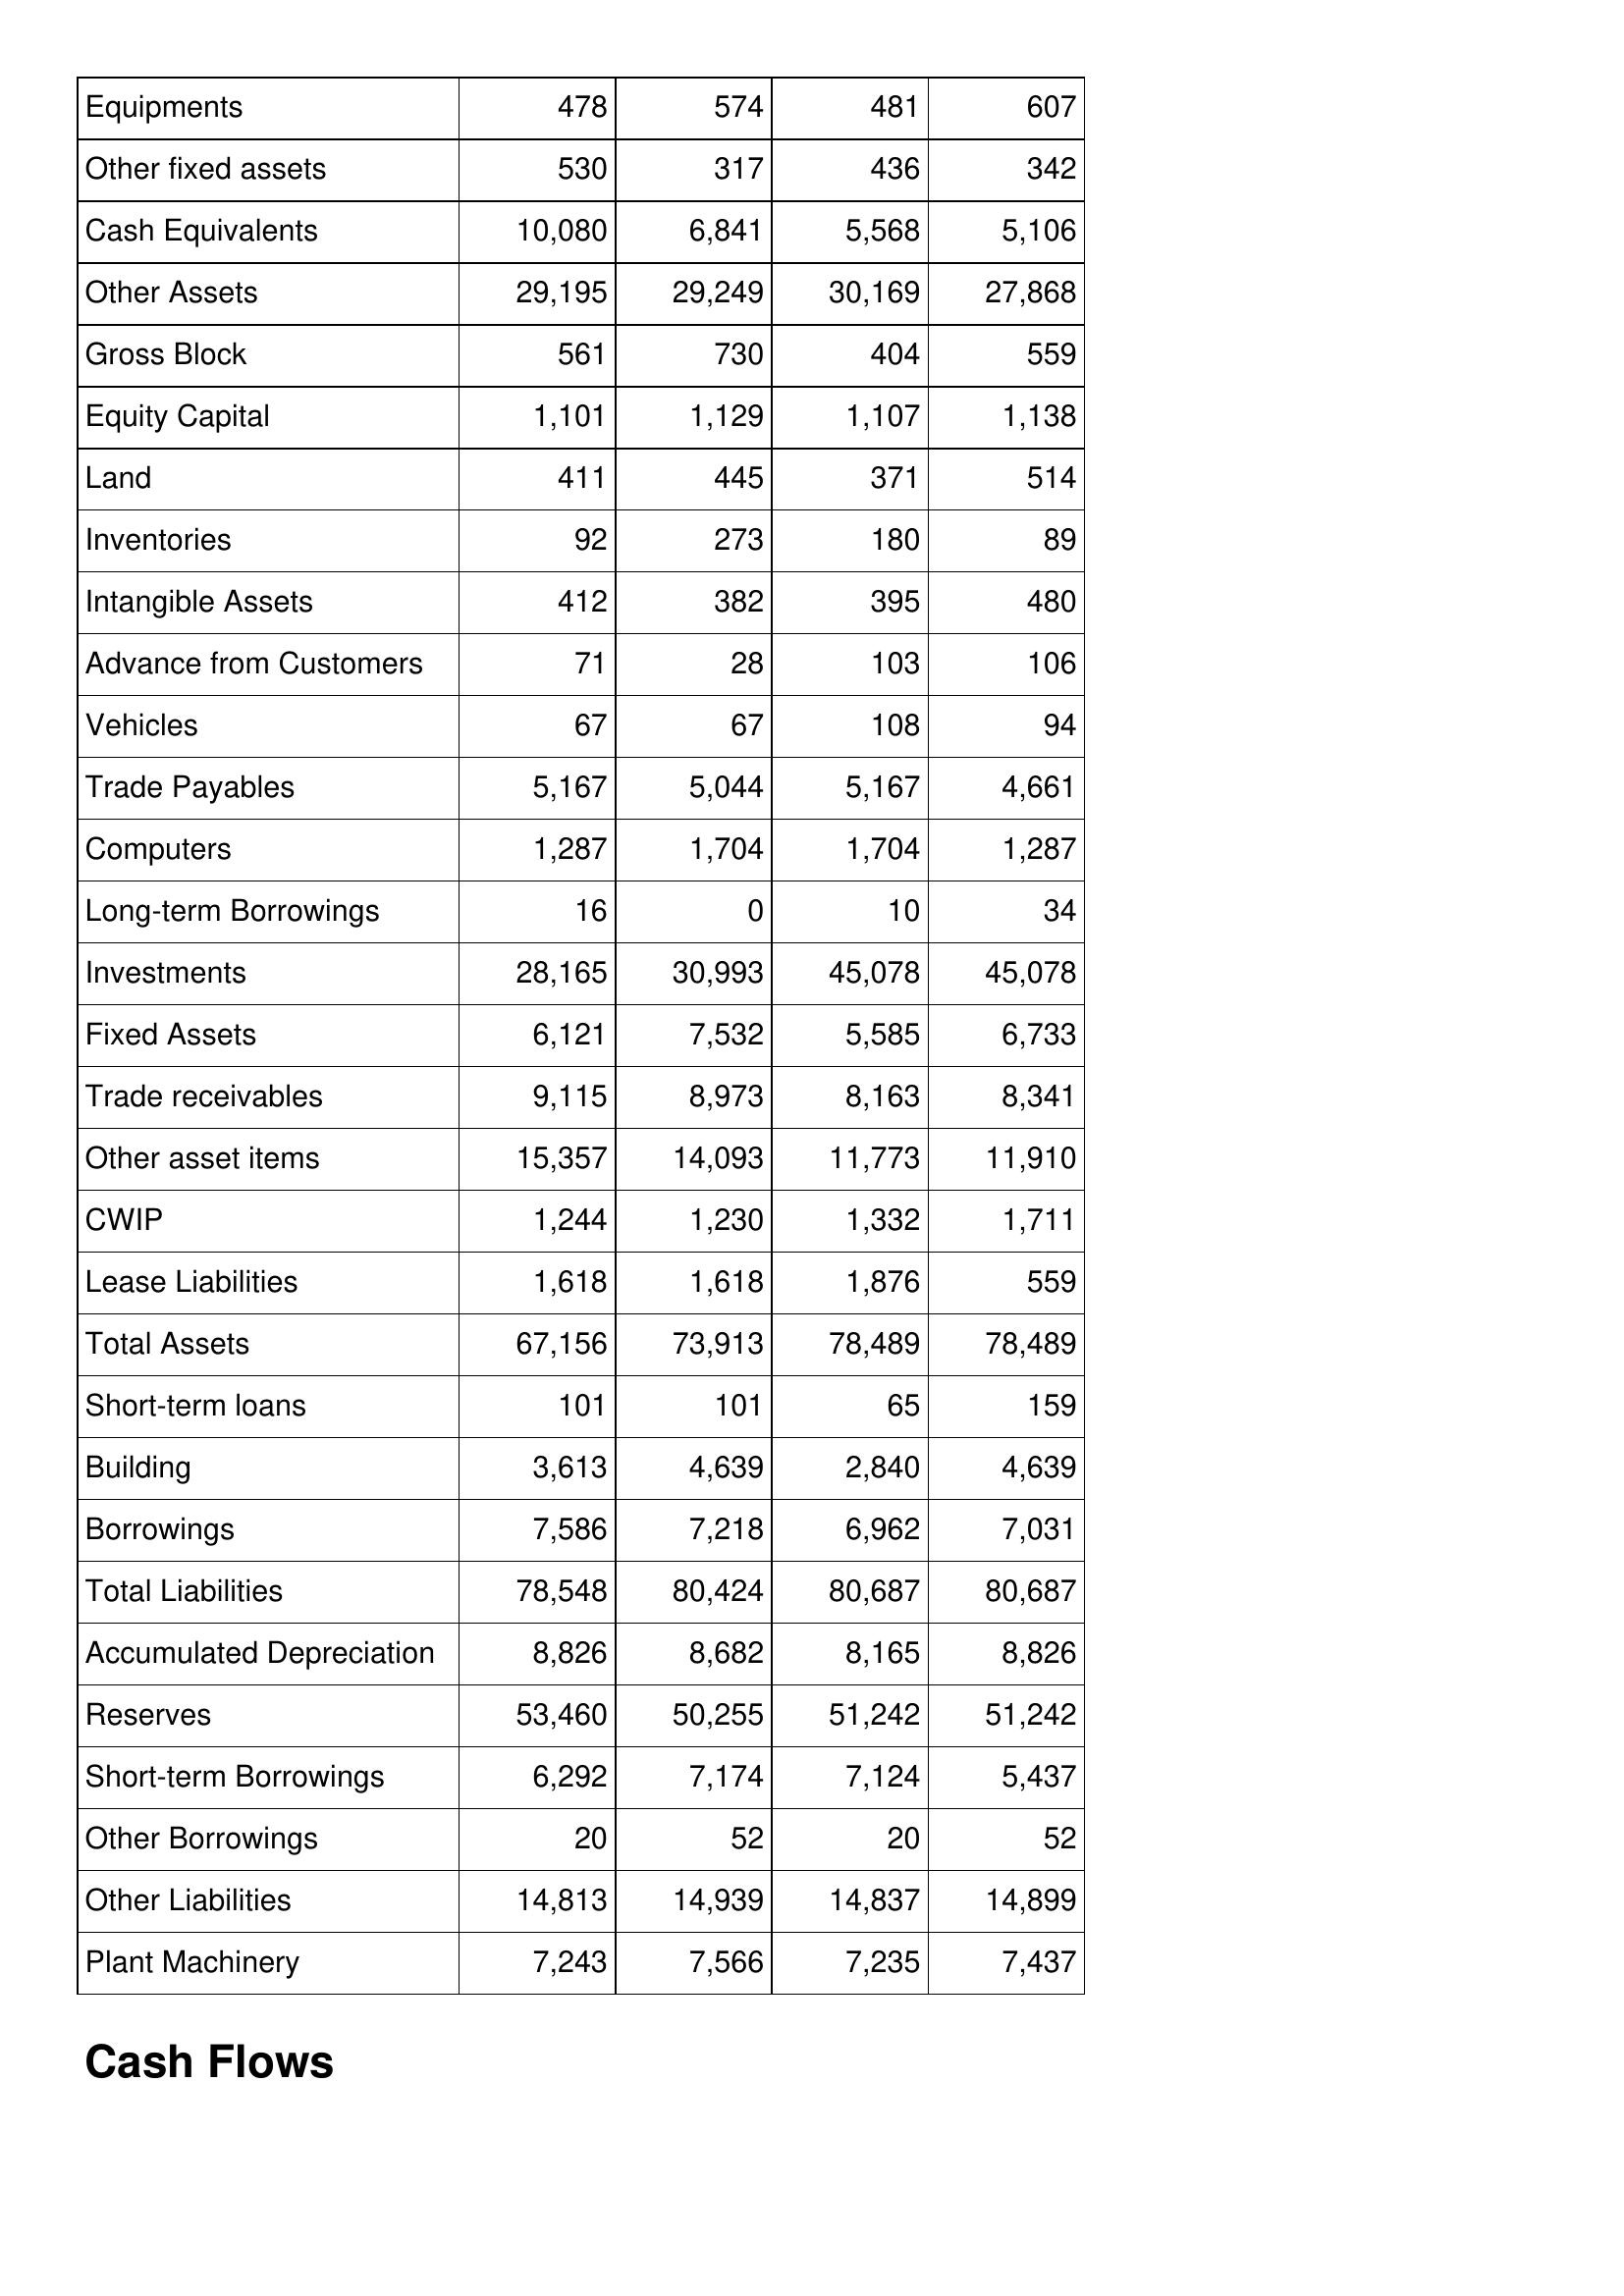
Mar-01: Balance Sheet: Equipments: 478
Other fixed assets: 530
Cash Equivalents: 10,080
Other Assets: 29,195
Gross Block: 561
Equity Capital: 1,101
Land: 411
Inventories: 92
Intangible Assets: 412
Advance from Customers: 71
Vehicles: 67
Trade Payables: 5,167
Computers: 1,287
Long-term Borrowings: 16
Investments: 28,165
Fixed Assets: 6,121
Trade receivables: 9,115
Other asset items: 15,357
CWIP: 1,244
Lease Liabilities: 1,618
Total Assets: 67,156
Short-term loans: 101
Building: 3,613
Borrowings: 7,586
Total Liabilities: 78,548
Accumulated Depreciation: 8,826
Reserves: 53,460
Short-term Borrowings: 6,292
Other Borrowings: 20
Other Liabilities: 14,813
Plant Machinery: 7,243
Mar-00: Balance Sheet: Equipments: 574
Other fixed assets: 317
Cash Equivalents: 6,841
Other Assets: 29,249
Gross Block: 730
Equity Capital: 1,129
Land: 445
Inventories: 273
Intangible Assets: 382
Advance from Customers: 28
Vehicles: 67
Trade Payables: 5,044
Computers: 1,704
Long-term Borrowings: 0
Investments: 30,993
Fixed Assets: 7,532
Trade receivables: 8,973
Other asset items: 14,093
CWIP: 1,230
Lease Liabilities: 1,618
Total Assets: 73,913
Short-term loans: 101
Building: 4,639
Borrowings: 7,218
Total Liabilities: 80,424
Accumulated Depreciation: 8,682
Reserves: 50,255
Short-term Borrowings: 7,174
Other Borrowings: 52
Other Liabilities: 14,939
Plant Machinery: 7,566
Mar-99: Balance Sheet: Equipments: 481
Other fixed assets: 436
Cash Equivalents: 5,568
Other Assets: 30,169
Gross Block: 404
Equity Capital: 1,107
Land: 371
Inventories: 180
Intangible Assets: 395
Advance from Customers: 103
Vehicles: 108
Trade Payables: 5,167
Computers: 1,704
Long-term Borrowings: 10
Investments: 45,078
Fixed Assets: 5,585
Trade receivables: 8,163
Other asset items: 11,773
CWIP: 1,332
Lease Liabilities: 1,876
Total Assets: 78,489
Short-term loans: 65
Building: 2,840
Borrowings: 6,962
Total Liabilities: 80,687
Accumulated Depreciation: 8,165
Reserves: 51,242
Short-term Borrowings: 7,124
Other Borrowings: 20
Other Liabilities: 14,837
Plant Machinery: 7,235
Mar-98: Balance Sheet: Equipments: 607
Other fixed assets: 342
Cash Equivalents: 5,106
Other Assets: 27,868
Gross Block: 559
Equity Capital: 1,138
Land: 514
Inventories: 89
Intangible Assets: 480
Advance from Customers: 106
Vehicles: 94
Trade Payables: 4,661
Computers: 1,287
Long-term Borrowings: 34
Investments: 45,078
Fixed Assets: 6,733
Trade receivables: 8,341
Other asset items: 11,910
CWIP: 1,711
Lease Liabilities: 559
Total Assets: 78,489
Short-term loans: 159
Building: 4,639
Borrowings: 7,031
Total Liabilities: 80,687
Accumulated Depreciation: 8,826
Reserves: 51,242
Short-term Borrowings: 5,437
Other Borrowings: 52
Other Liabilities: 14,899
Plant Machinery: 7,437